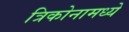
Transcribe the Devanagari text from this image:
त्रिकोनामध्ये